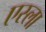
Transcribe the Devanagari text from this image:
एस्ला